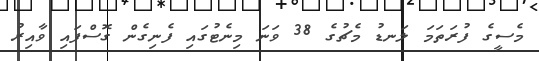
މެސީގެ ފުރަތަމަ ލަނޑު މެޗުގެ 38 ވަނަ މިނެޓުގައި ފެނިގެން ގޮސްފައި ވާއިރު